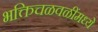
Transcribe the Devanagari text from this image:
भक्तिचळवळींमध्ये